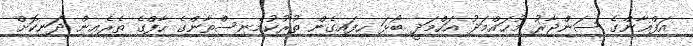
އަފްޣާންގެ ސަންޖާރު މުޙައްމަދު އަހްމަދީ ބޯޅަ ހިފައިގެން ތުރުކުމެނިސްތާންގެ ހާފްގެ ތެރެއިން ދަނިކޮށް